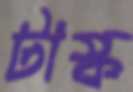
টাস্ক